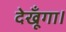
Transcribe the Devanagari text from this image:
देखूँगा।